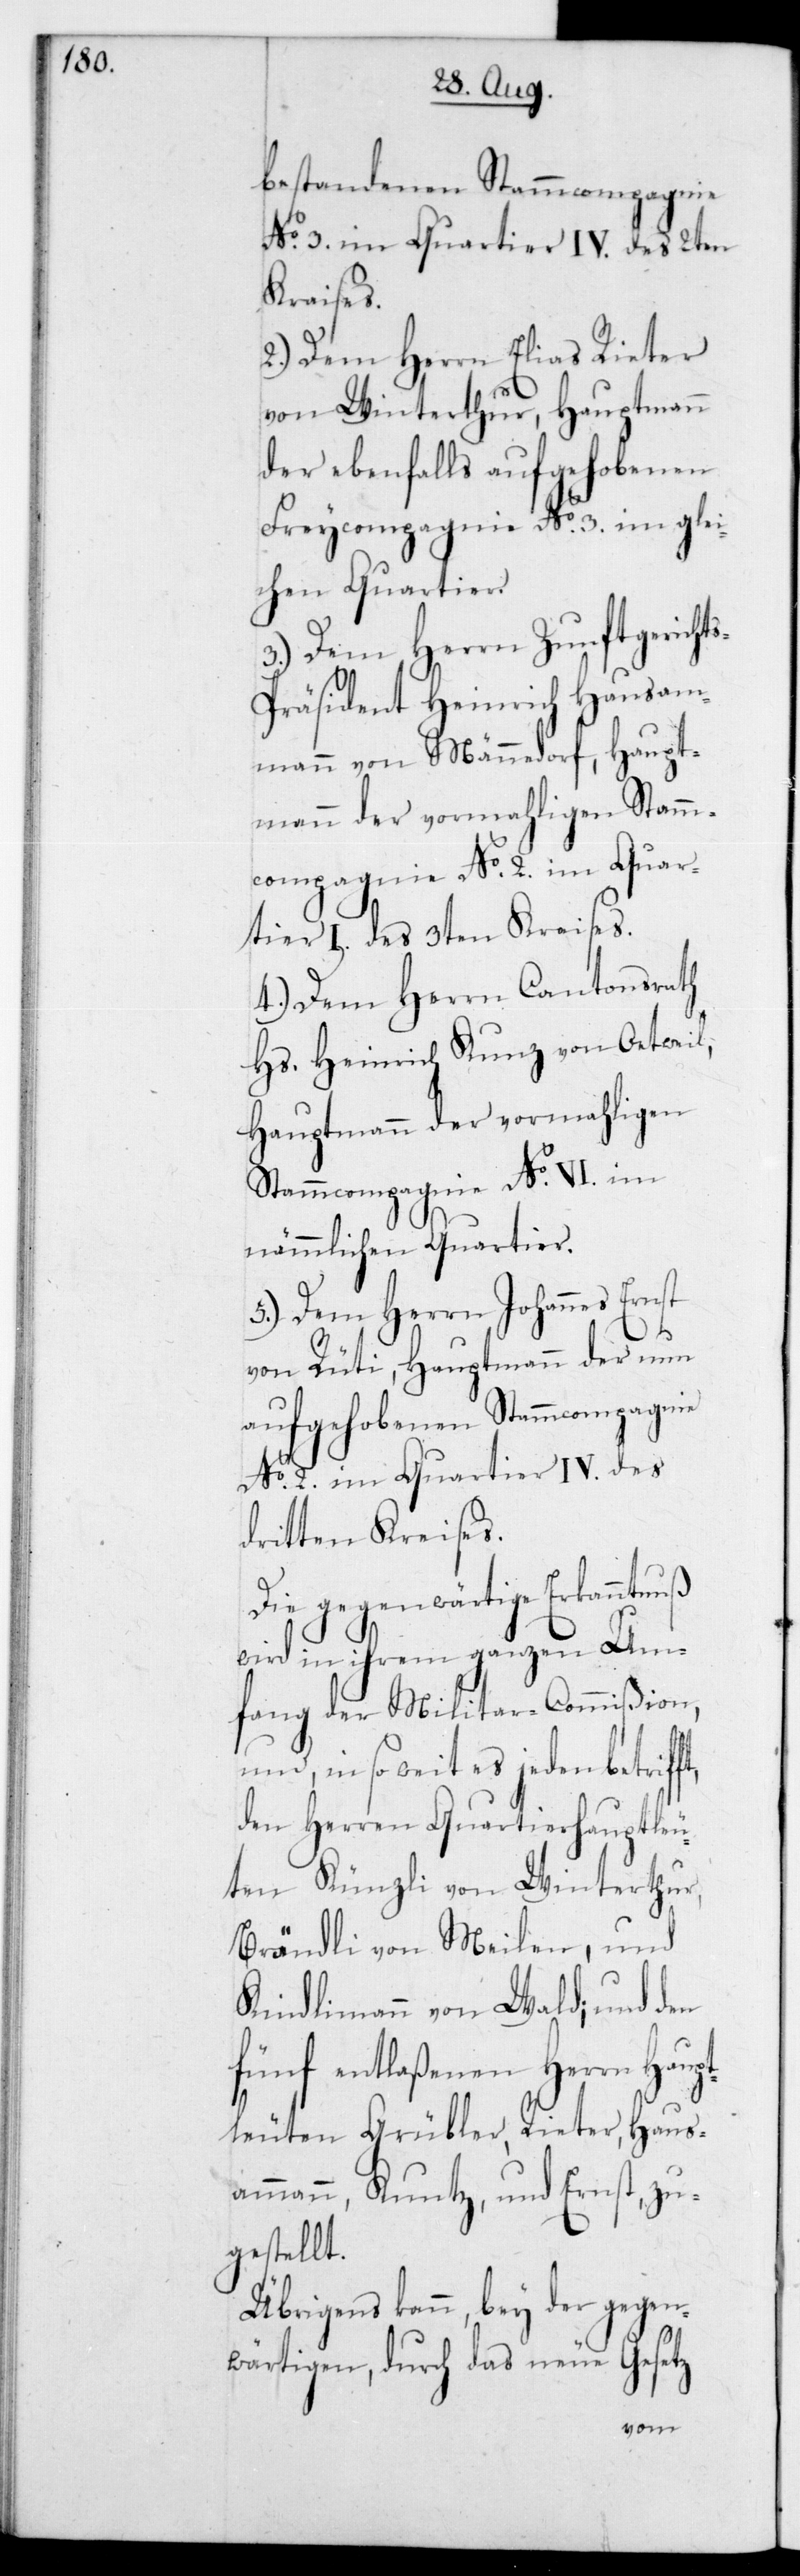
bestandenen Stammcompagnie
No 3 im Quartier IV des 2ten
ft,
2.) Dem Herrn Elias Rieter
von Winterthur, Hauptmann
der ebenfalls aufgehobenen
Freycompagnie No 3 im glei¬
chen Quartier.
3.) Dem Herrn Zunftgericht¬
s-Präsident Heinrich Hausam¬
mann von Männedorf, Haupt¬
mann der vormahligen Stamm¬
compagnie No 2 im Quar¬
tier I des 3ten Kreises.
4.) Dem Herrn Cantonsrath
Hs. Heinrich Kunz von Oetweil,
Hauptmann der vormahligen
Stammcompagnie No VI im
nämmlichen Quartier.
5.) Dem Herrn Johannes Ernst
von Rüti, Hauptmann der nun
aufgehobenen Stammcompagnie
No 2 im Quartier IV des
dritten Kreises.
Die gegenwärtige Erkanntnuß
wird in ihrem ganzen Um¬
fang der Militar-Commißion
und insoweit es jeden betrif¬
den Herren Quartierhauptleu¬
ten Künzli von Winterthur,
Brändli von Meilen und
Kindlimann von Wald; und den
fünf entlaßenen Herrn Haup¬
tleuten Grübler, Rieter, Haus¬
ammann, Kuntz und Ernst, zu¬
gestellt.
Übrigens kann bey der gegen¬
wärtigen, durch das neue Gesetz